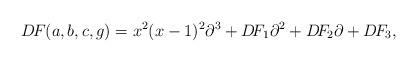
LaTeX: \begin{align*} D\!F(a,b,c,g)=x^2(x-1)^2\partial^3+D\!F_1\partial^2+D\!F_2\partial+D\!F_3, \end{align*}